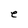
Character: e